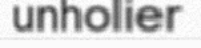
unholier